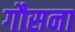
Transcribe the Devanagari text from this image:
गौसना